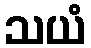
သယံ